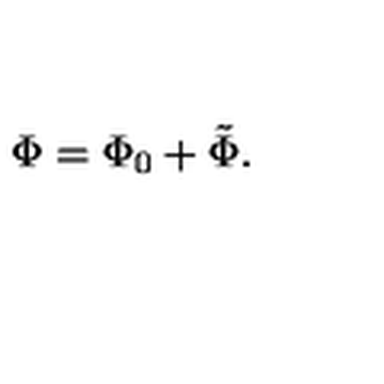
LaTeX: \Phi = \Phi _ { 0 } + \tilde { \Phi } .